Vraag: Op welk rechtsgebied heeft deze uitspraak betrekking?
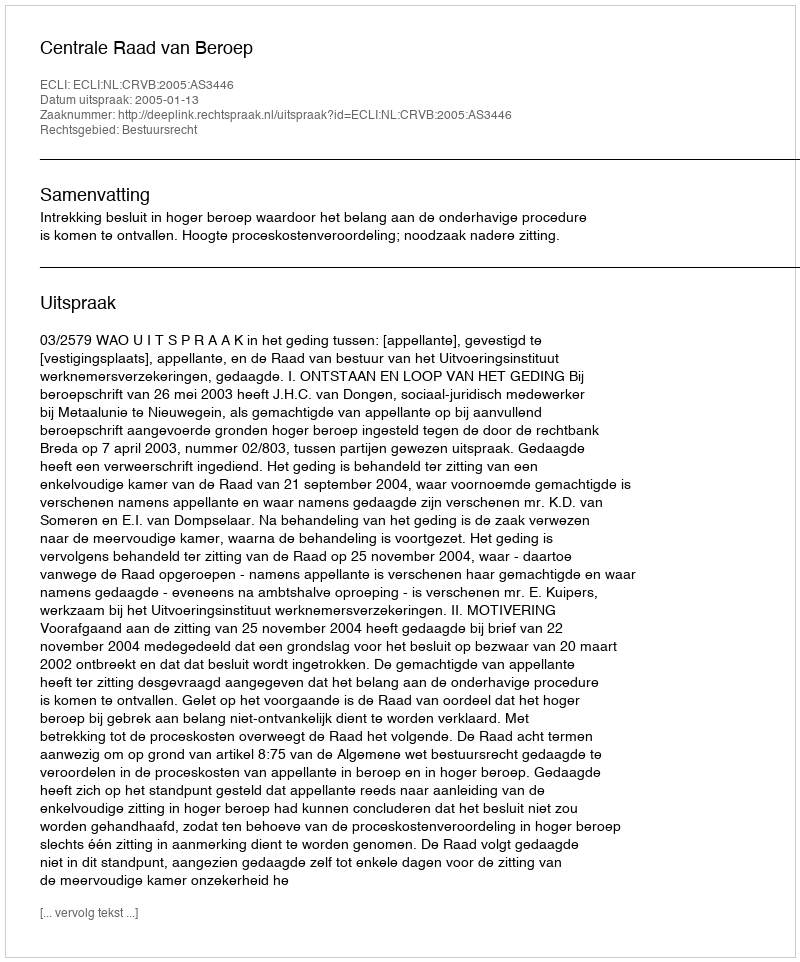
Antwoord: Bestuursrecht